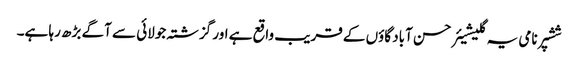
ششپر نامی یہ گلیشیئر حسن آباد گاؤں کے قریب واقع ہے اور گزشتہ جولائی سے آگے بڑھ رہا ہے۔